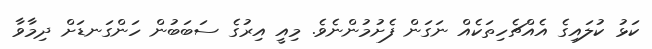
ކަޅު ކުލައިގެ އެއްޗެހިތަކެއް ނަގަން ފެށުމުންނެވެ. މިއީ އިރުގެ ސަބަބުން ހަންގަނޑަށް ދިމާވާ